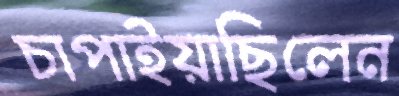
চাপাইয়াছিলেন